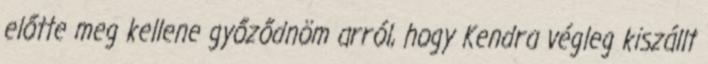
előtte meg kellene győződnöm arról, hogy Kendra végleg kiszállt